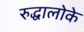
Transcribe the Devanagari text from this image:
रुद्धालोके